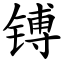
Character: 镈